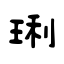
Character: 琍